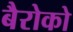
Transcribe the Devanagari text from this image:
बैरोको